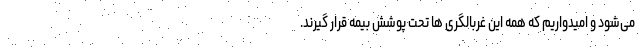
می‌شود و امیدواریم که همه این غربالگری ها تحت پوشش بیمه قرار گیرند.